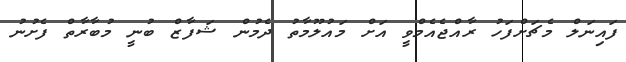
ފައިނަލް މެޗަށްފަހު ރާއްޖެއެމްވީ އަށް މައުލޫމާތު ދެމުން ޝަފާޒް ބުނީ މުބާރާތް ފެށުނު